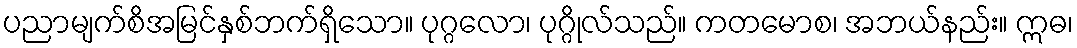
ပညာမျက်စိအမြင်နှစ်ဘက်ရှိသော။ ပုဂ္ဂလော၊ ပုဂ္ဂိုလ်သည်။ ကတမောစ၊ အဘယ်နည်း။ ဣဓ၊